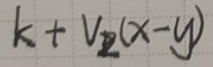
\[k + V_{z}(x - y)\]